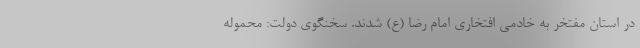
در استان مفتخر به خادمی افتخاری امام رضا (ع) شدند. سخنگوی دولت: محموله